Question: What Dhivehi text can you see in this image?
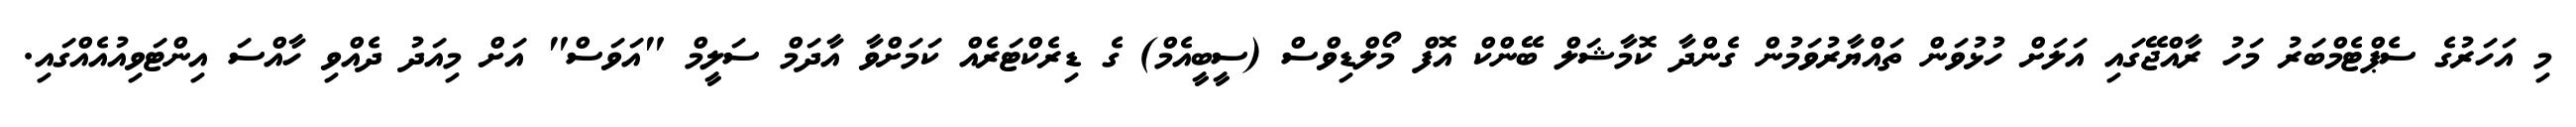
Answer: މި އަހަރުގެ ސެޕްޓެމްބަރު މަހު ރާއްޖޭގައި އަލަށް ހުޅުވަން ތައްޔާރުވަމުން ގެންދާ ކޮމާޝަލް ބޭންކް އޮފް މޯލްޑިވްސް (ސީބީއެމް) ގެ ޑިރެކްޓަރެއް ކަމަށްވާ އާދަމް ސަލީމް "އަވަސް" އަށް މިއަދު ދެއްވި ހާއްސަ އިންޓަވިއުއެއްގައި.